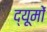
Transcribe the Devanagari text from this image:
द्यूमों